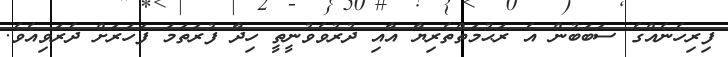
ފިރިހެނެއްގެ ސަބަބުން އެ ރަޙުމަތްތެރިޔާ އާއި ދުރުވެވުނީތީ ހިދާ ފުރަތަމަ ފަހަރަށް ދެރަވިއެވެ.